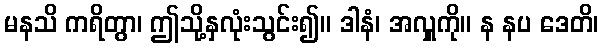
မနသိ ကရိတွာ၊ ဤသို့နှလုံးသွင်း၍။ ဒါနံ၊ အလှူကို။ န နပ ဒေတိ၊